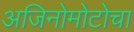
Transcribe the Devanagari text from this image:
अजिनोमोटोचा